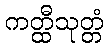
ကတ္ထီသုတ္တံ